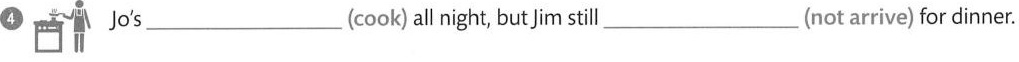
4 Jo's ___ (cook) allnight, but jimsill ___ (not arrive) for dinner.